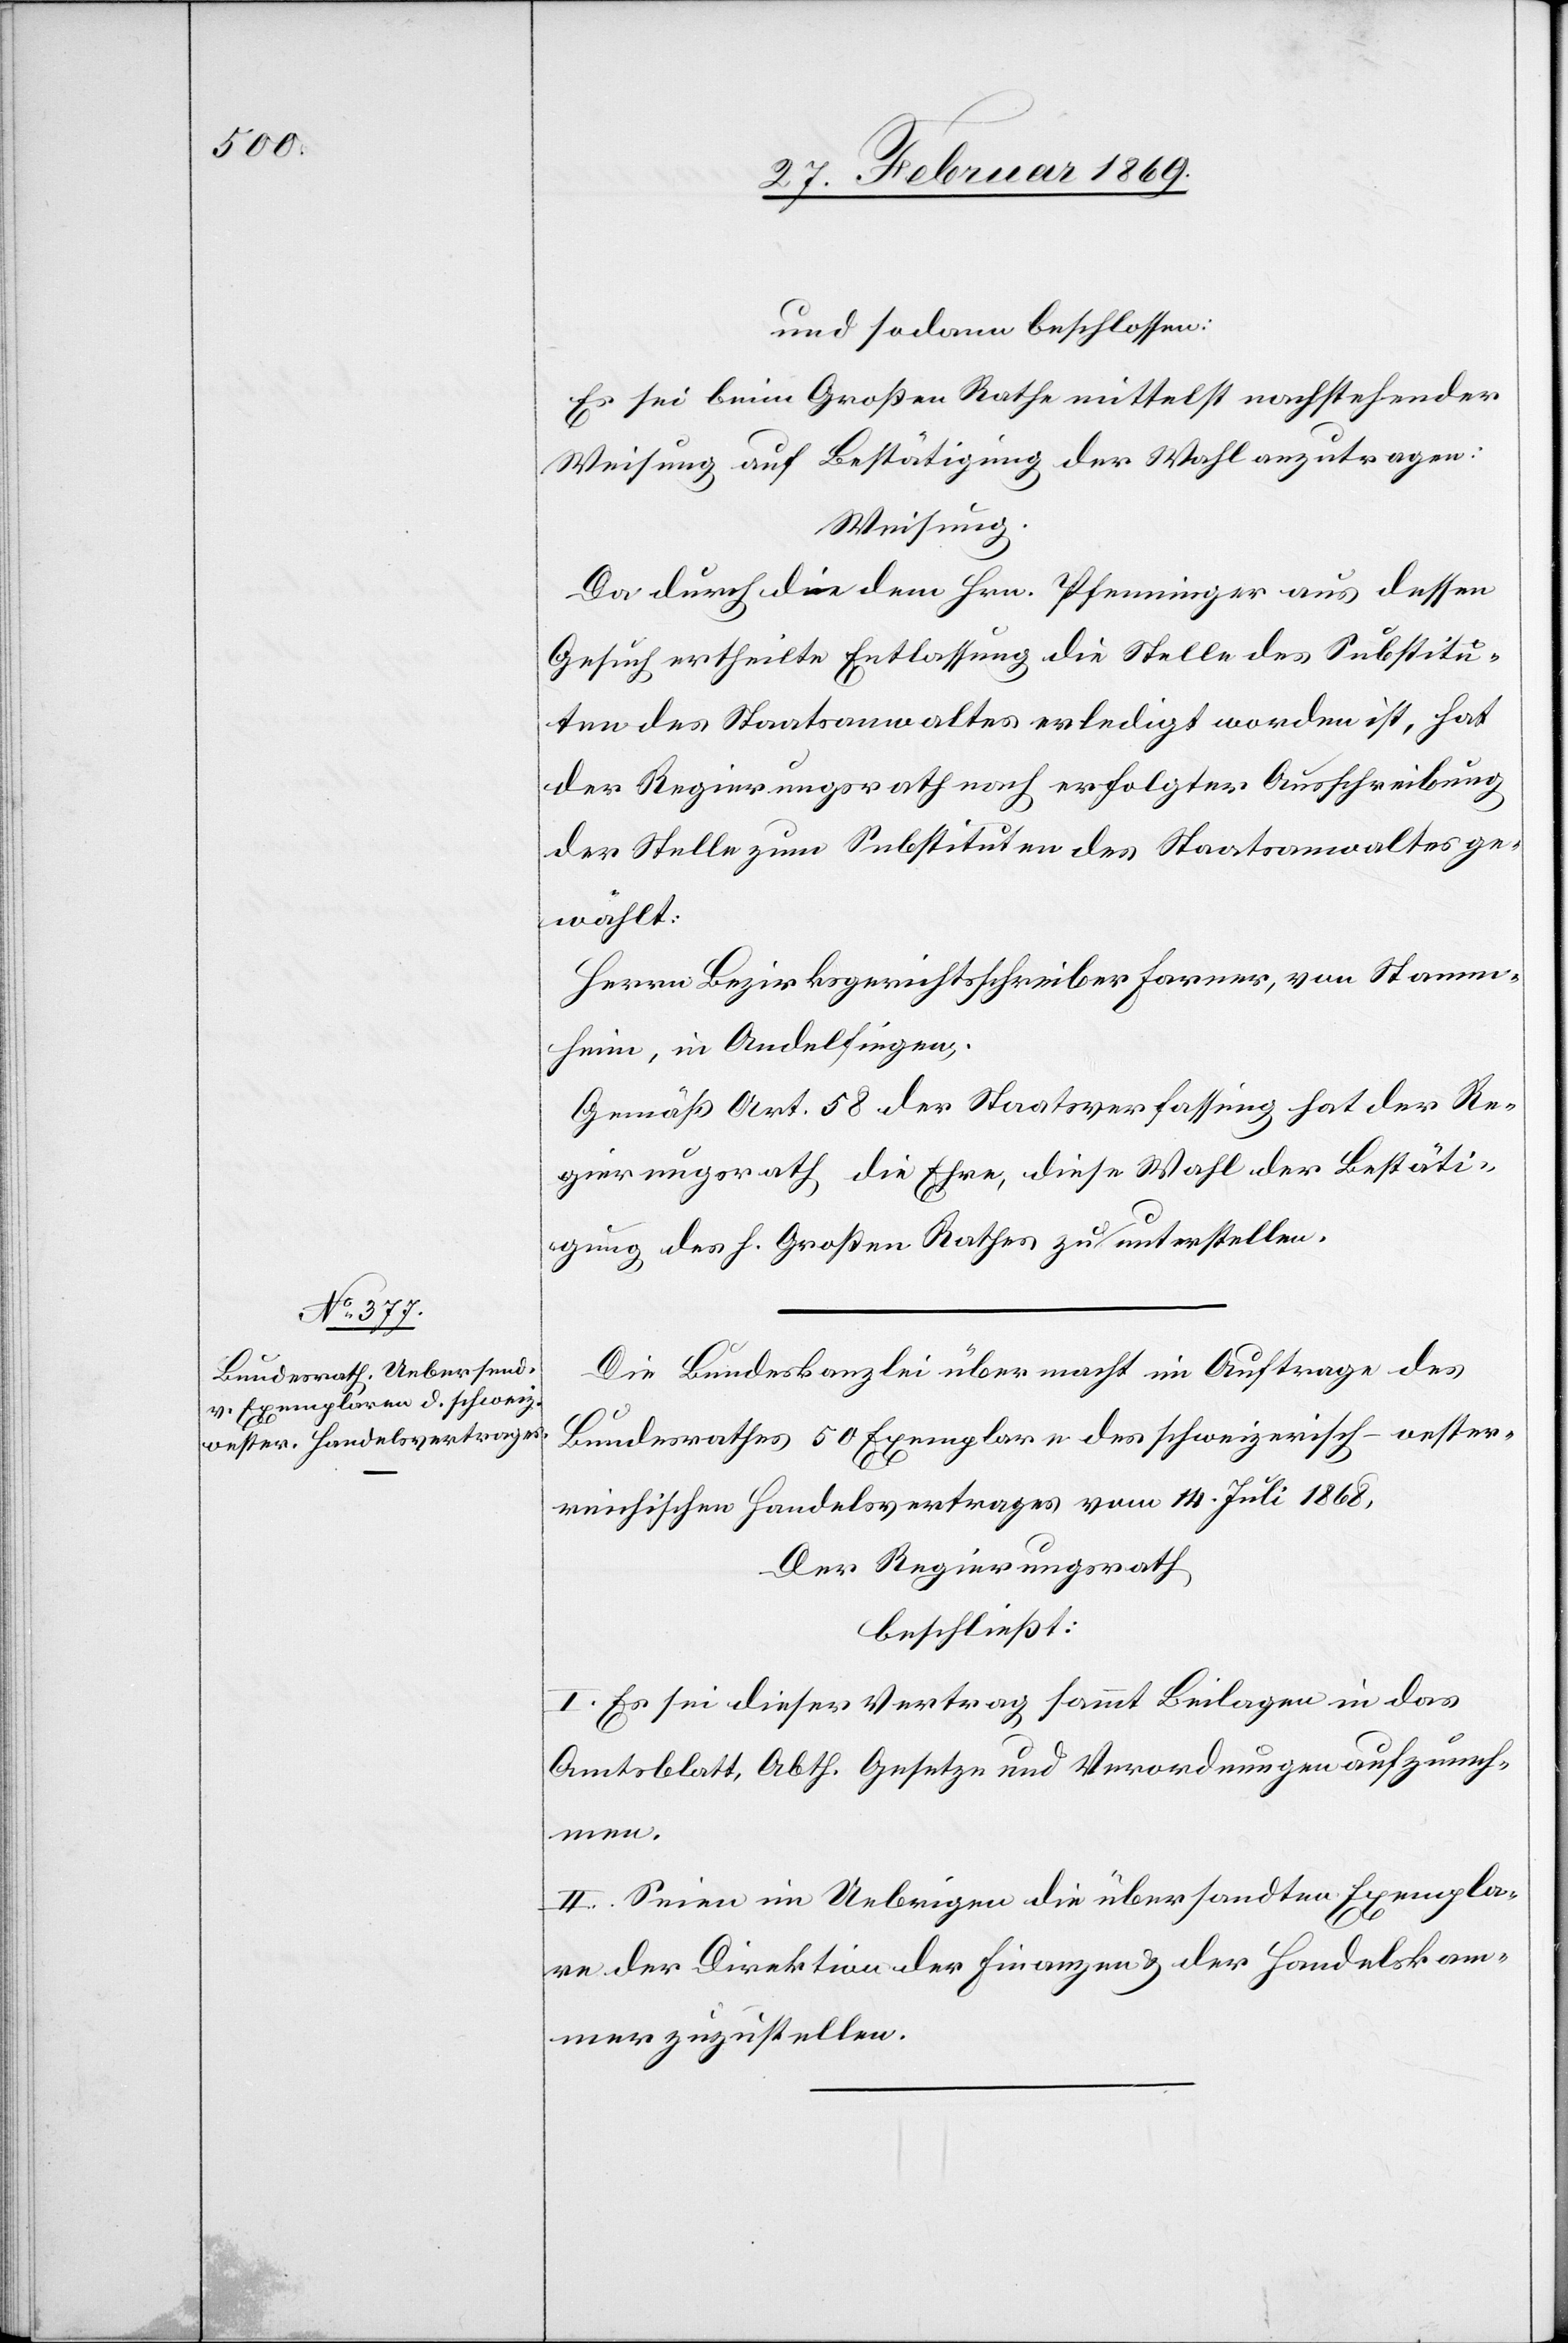
und sodann beschlossen:
Es sei beim Großen Rathe mittelst nachstehender
Weisung auf Bestätigung der Wahl anzutragen:
Weisung.
Da durch die dem Hrn. Pfenninger aus dessen
Gesuch ertheilte Entlassung die Stelle des Substitu¬
ten des Staatsanwaltes erledigt worden ist, hat
der Regierungsrath erfolgter Ausschreibung
der Stelle zum Substituten des Staatsanwaltes ge¬
wählt:
Herrn Bezirksgerichtsschreiber Farnes, von Stamm¬
heim, in Andelfingen.
Gemäß Art. 58 der Staatsverfassung hat der Re¬
gierungsrath die Ehre, diese Wahl der Bestäti¬
gung des h. Großen Rathes zu unterstellen.
Die Bundeskanzlei übermacht im Auftrage des
Bundesrathes 50 Exemplare des schweizerisch-oester¬
reichischen Handelsvertrages vom 14. Juli 1868,
Der Regierungsrath
beschließt:
I. Es sei dieser Vertrag sammt Beilagen in das
Amtsblatt, Abth. Gesetze und Verordnungen aufzuneh¬
men.
II. Seien im Uebrigen die übersandten Exempla¬
re der Direktion der Finanzen u. der Handelskam¬
mer zuzustellen.